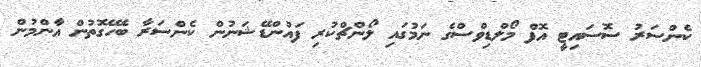
ކެންސަރު ސޮސައިޓީ އޮފް މޯލްޑިވްސްގެ ނަމުގައި ލޯންޗްކުރި ފައުންޑޭޝަނުން ކެންސަރާ ބެހޭގޮތުން އާންމުން